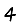
Digit: 4